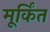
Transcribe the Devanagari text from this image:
मूर्किंत